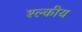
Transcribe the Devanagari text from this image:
श्ल्कीय